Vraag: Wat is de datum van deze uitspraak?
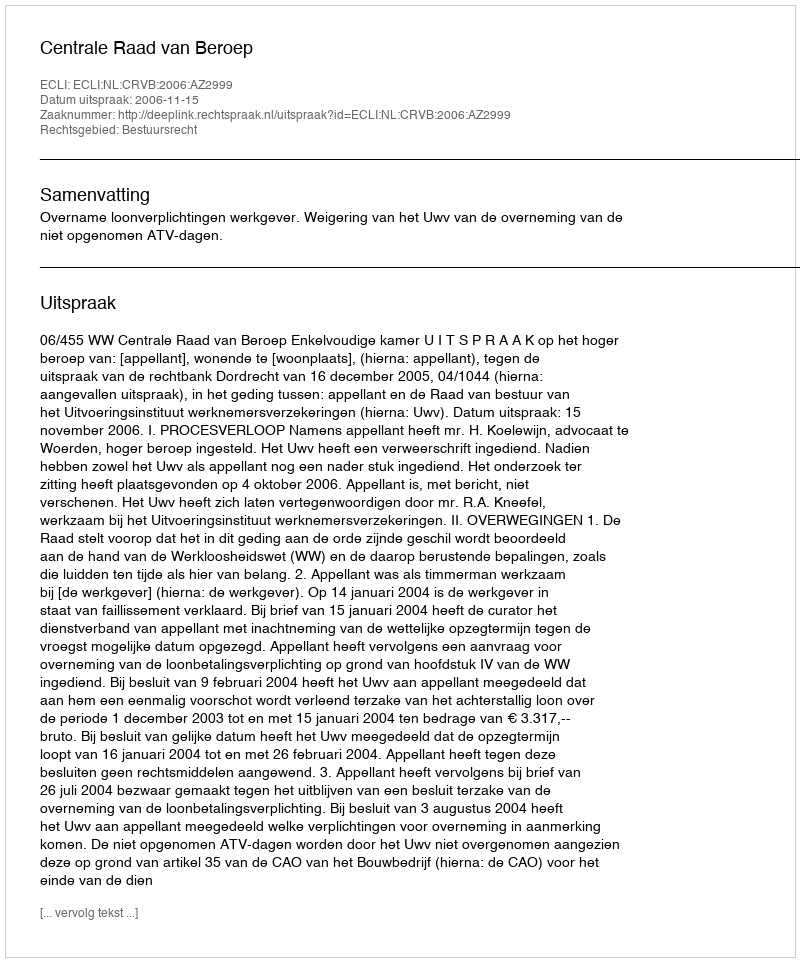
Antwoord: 2006-11-15